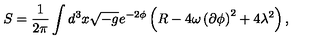
S = \frac { 1 } { 2 \pi } \int d ^ { 3 } x \sqrt { - g } e ^ { - 2 \phi } \left( R - 4 \omega \left( \partial \phi \right) ^ { 2 } + 4 \lambda ^ { 2 } \right) ,